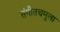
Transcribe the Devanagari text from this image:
संगीतचमूला